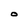
Character: O